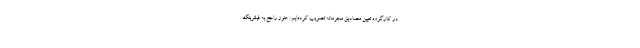
در کارگروه تعیین مصادیق مجرمانه تصویب کرده‌ایم/ هنوز راجع به فیلترینگ